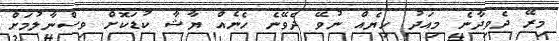
މިރޭ ދެވިދާނެ މިއަދު ހިޔެއް ނުވޭ ދެވޭނެ ހެނެއް ޔާޝާ ކުޑަަކޮށް ވިސްނާލުމަށް